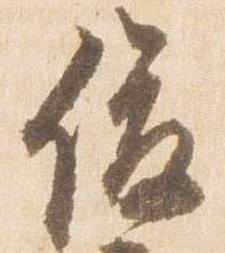
俊